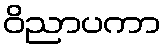
ဝိညာပကာ